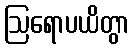
ဩရောပယိတွာ